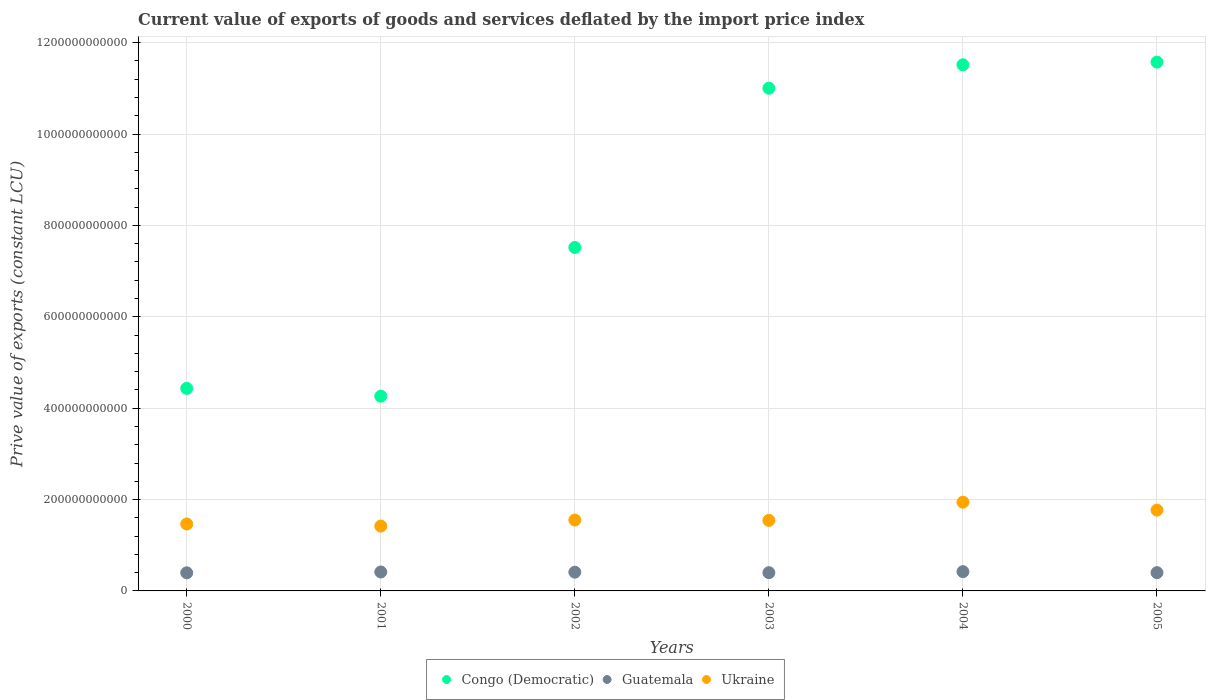
| Years | Congo (Democratic) | Guatemala | Ukraine |
 | --- | --- | --- | --- |
 | 2000 | 4.43e+11 | 3.96e+10 | 1.47e+11 |
 | 2001 | 4.26e+11 | 4.15e+10 | 1.42e+11 |
 | 2002 | 7.52e+11 | 4.1e+10 | 1.55e+11 |
 | 2003 | 1.1e+12 | 4e+10 | 1.54e+11 |
 | 2004 | 1.15e+12 | 4.22e+10 | 1.94e+11 |
 | 2005 | 1.16e+12 | 4e+10 | 1.77e+11 |